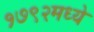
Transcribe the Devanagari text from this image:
१७९२मध्ये